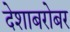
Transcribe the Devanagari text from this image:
देशाबरोबर